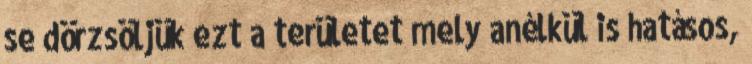
se dörzsöljük ezt a területet mely anélkül is hatásos,